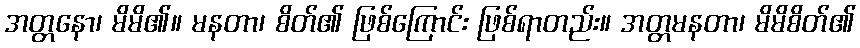
အတ္တနော၊ မိမိ၏။ မနတာ၊ စိတ်၏ ဖြစ်ကြောင်း ဖြစ်ရာတည်း။ အတ္တမနတာ၊ မိမိစိတ်၏